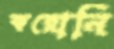
করোনি